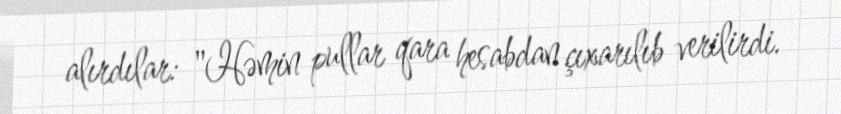
alırdılar: "Həmin pullar qara hesabdan çıxarılıb verilirdi.